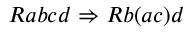
R a b c d \Rightarrow R b ( a c ) d